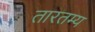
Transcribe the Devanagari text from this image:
तारतम्‍य